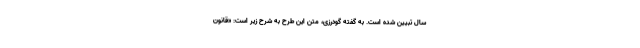
سال تبیین شده است. ‌به گفته گودرزی، متن این طرح به شرح زیر است: «قانون